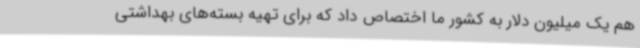
هم یک میلیون دلار به کشور ما اختصاص داد که برای تهیه بسته‌های بهداشتی